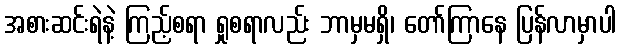
အစားဆင်းရဲနဲ့ ကြည့်စရာ ရှုစရာလည်း ဘာမှမရှိ၊ တော်ကြာနေ ပြန်လာမှာပါ